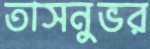
তাসনুভর